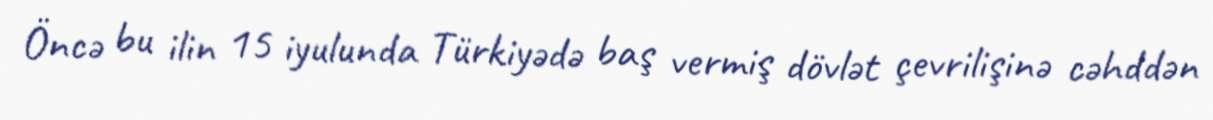
Öncə bu ilin 15 iyulunda Türkiyədə baş vermiş dövlət çevrilişinə cəhddən